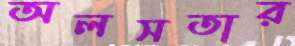
অলসতার